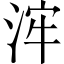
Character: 浶